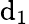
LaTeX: \mathrm{d}_{\mathrm{{1}}}